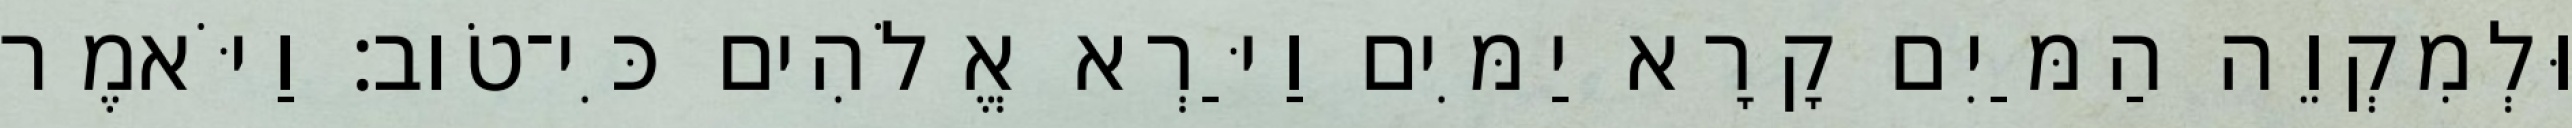
וּלְמִקְוֵה הַמַּיִם קָרָא יַמִּים וַיַּרְא אֱלֹהִים כִּי־טֹוב׃ וַיֹּאמֶר